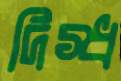
দিগ্ধ